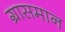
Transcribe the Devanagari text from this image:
ग्रासमान